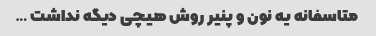
متاسفانه یه نون و پنیر روش هیچی دیگه نداشت …